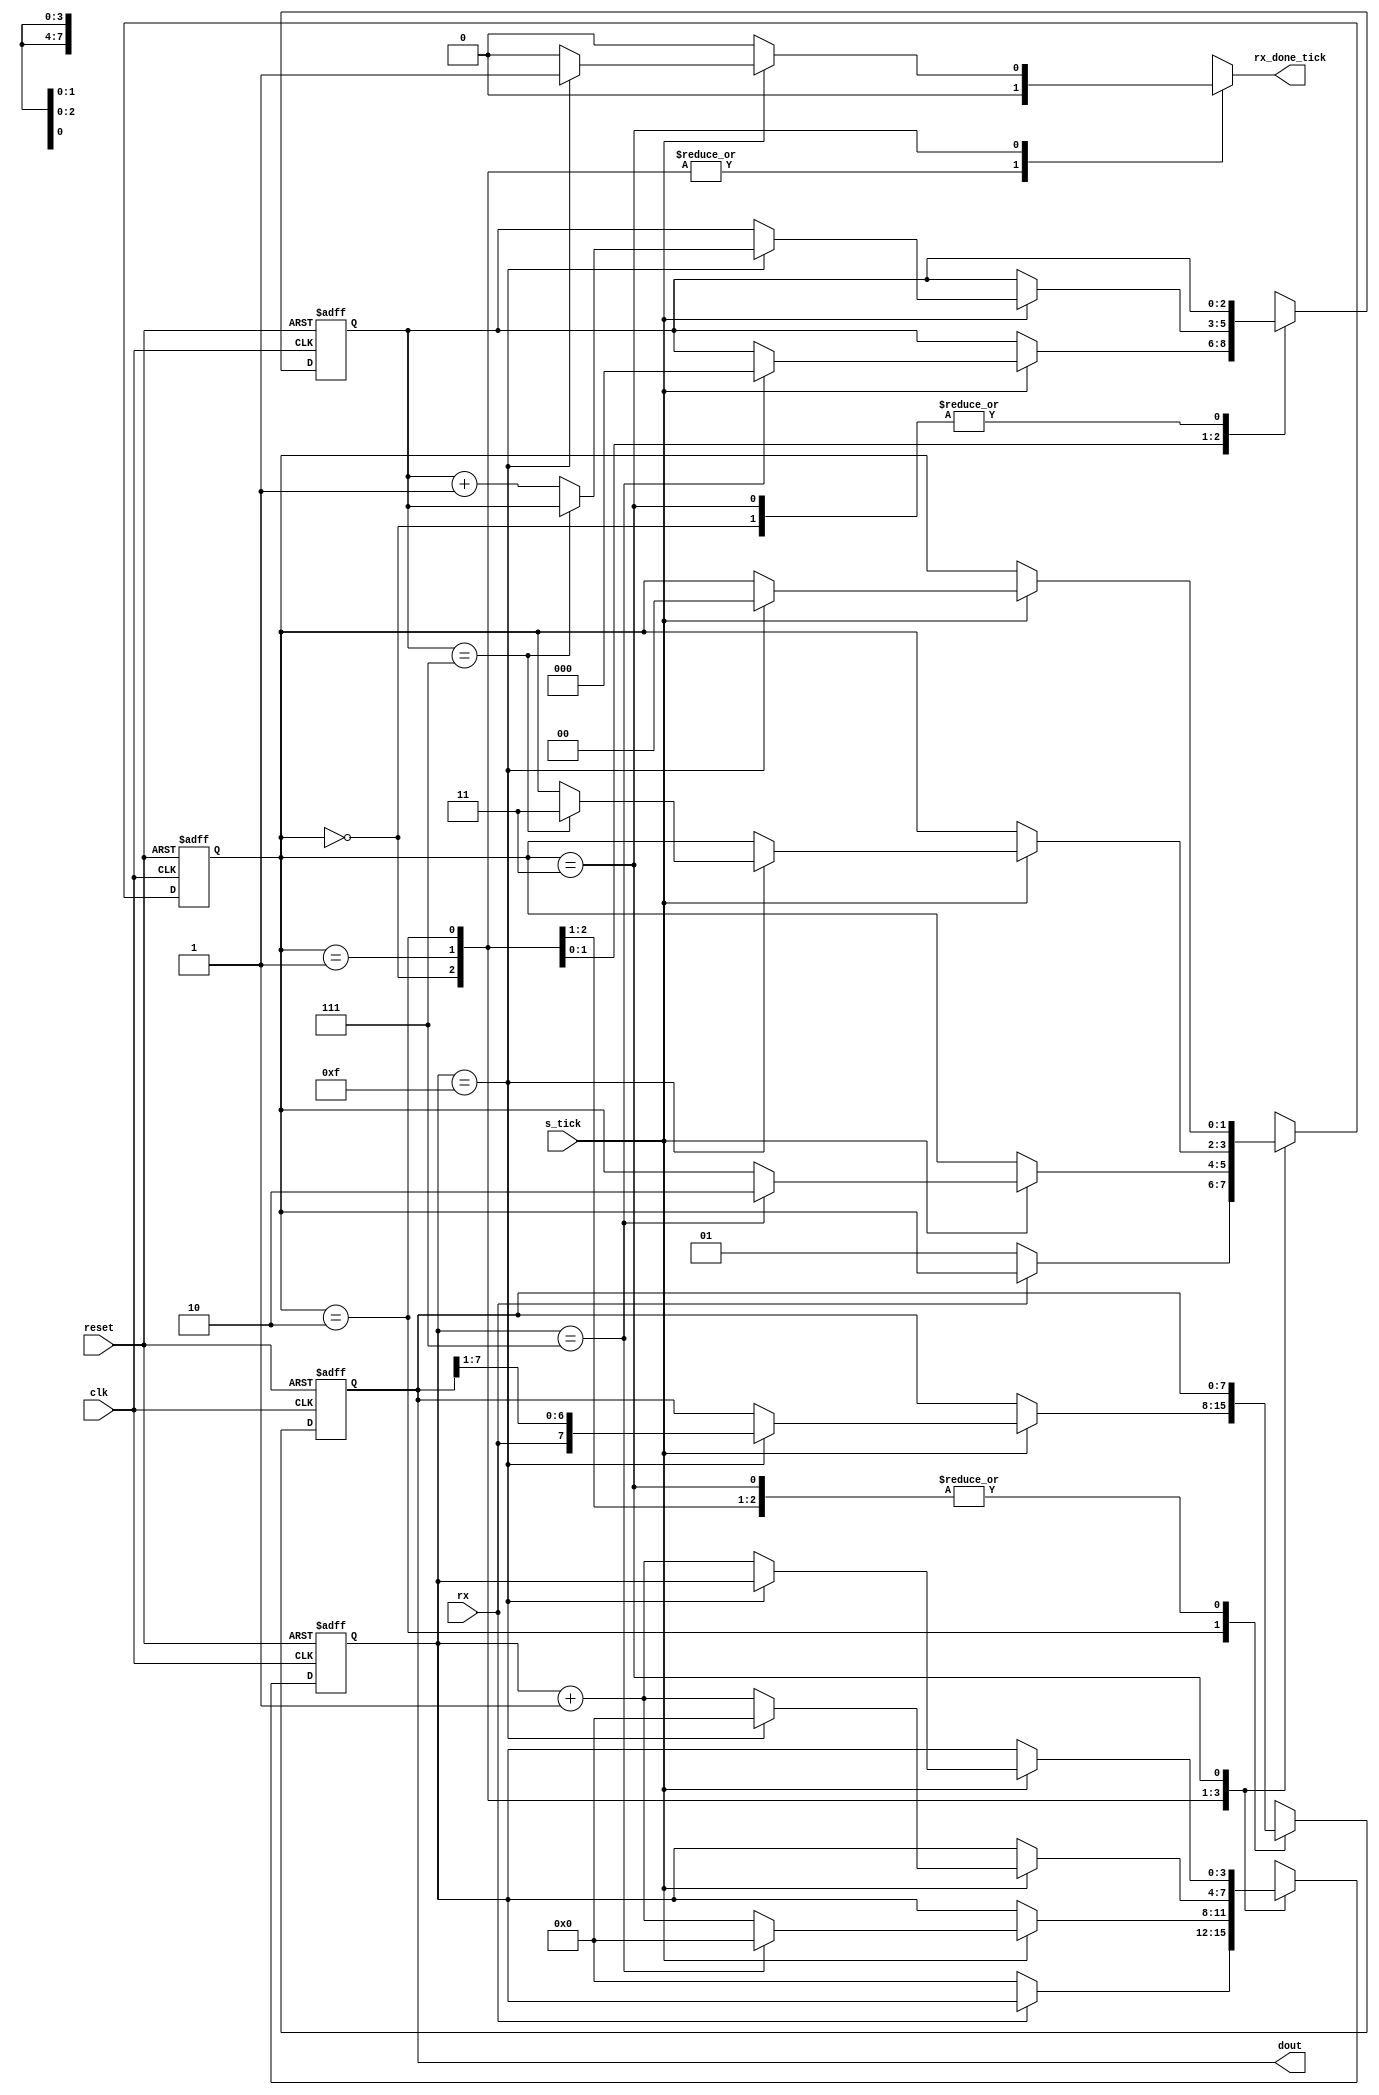
/*
==========================================================================
                                UART Receiver
==========================================================================

    The UART Receiver three major states, START, DATA, and STOP, which 
    represents the processing of the start bit, data bits, and stop bit.

*/

module UART_RX #(
                    parameter   DBIT    = 8,    // Data bits
                                SB_TICK = 16    // ticks for stop bits
                 )
                 (
                    input   wire        clk,reset,
                    input   wire        rx, s_tick,
                    output  reg         rx_done_tick,
                    output  wire [7:0]  dout                 
                 );
                 
 // State Declaration
    
   localparam   [1:0]   IDLE    =   2'b00,
                        START   =   2'b01,
                        DATA    =   2'b10,
                        STOP    =   2'b11; 

// Signal Declaration
    reg [1:0] state_reg, state_next;
    reg [3:0] s_reg, s_next;
    reg [2:0] n_reg, n_next;
    reg [7:0] b_reg, b_next;
    

// FSM State & Data Register
    always@(posedge clk, posedge reset)
        if(reset)
            begin
                state_reg   <=  IDLE;
                s_reg       <=  0;
                n_reg       <=  0;
                b_reg       <=  0;      
            end
        else
            begin
                state_reg   <=  state_next;
                s_reg       <=  s_next;
                n_reg       <=  n_next;
                b_reg       <=  b_next; 
            end

// Next State Logic
    always@(*)
        begin
            state_next  	=   state_reg;
            rx_done_tick	=	1'b0;
            s_next 			= 	s_reg;
            n_next 			= 	n_reg;
            b_next			= 	b_reg;

            case (state_reg)
            	IDLE	:	if(~rx)
            					begin
									state_next			=	START;
									s_next 				= 	0;            							
            					end

            	START 	:	if(s_tick)
            					if(s_reg == 7)
            						begin
            							state_next		=	DATA;
            							s_next 			=	0;
            							n_next			= 	0;
            						end
            					else
            						s_next 				= 	s_reg + 1;

            	DATA 	:	if(s_tick)
            					if(s_reg == 15)
            						begin
            							s_next 			=	0;
            							b_next			= 	{rx,b_reg[7:1]};
            							if(n_reg == (DBIT -1))
            								state_next 	=	STOP;
            							else
            								n_next 		=	n_reg + 1;
            						end
            					else
            						s_next 				= 	s_reg + 1;

            	STOP 	:	if(s_tick)
            					if(s_reg == (SB_TICK - 1))
            						begin
            							state_next 		= 	IDLE;
            							rx_done_tick 	= 	1'b1;
            						end
            					else
            						s_next 				= 	s_reg + 1;
            endcase
        end

// Output
	assign dout = b_reg;
      
endmodule